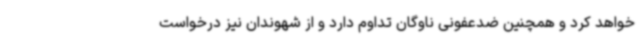
خواهد کرد و همچنین ضدعفونی ناوگان تداوم دارد و از شهوندان نیز درخواست